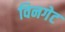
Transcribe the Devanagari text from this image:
विनगेट